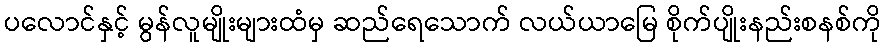
ပလောင်နှင့် မွန်လူမျိုးများထံမှ ဆည်ရေသောက် လယ်ယာမြေ စိုက်ပျိုးနည်းစနစ်ကို